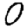
Digit: 0